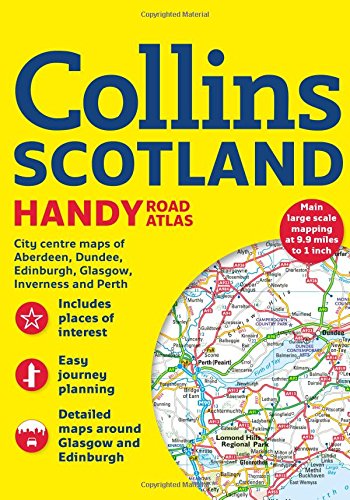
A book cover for Collins Handy Road Atlas Scotland; Collins Maps; Travel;